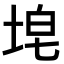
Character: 𪣝